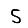
Digit: 5